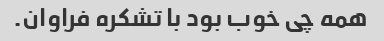
همه چی خوب بود با تشکره فراوان.